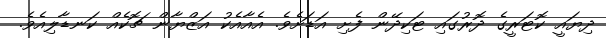
ދިޔައީ ކޮޓަރީގެ ދޮރުގައި ޓަކިދޭން ފެށި އަޑަށެވެ. އެއާއެކު އަޒްޔާން ޗޮކެއް ކަނޑާލިއެވެ.